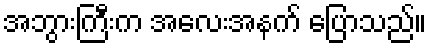
အဘွားကြီးက အလေးအနက် ပြောသည်။